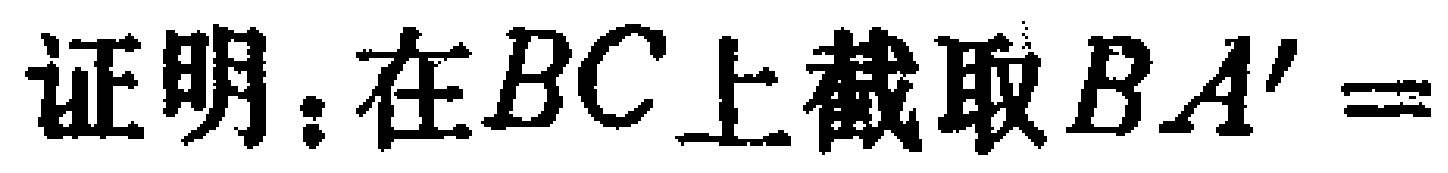
证明：在\(BC\)上截取\(BA' =\)